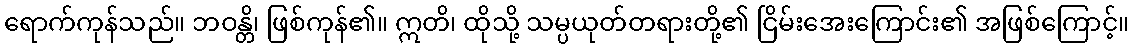
ရောက်ကုန်သည်။ ဘဝန္တိ၊ ဖြစ်ကုန်၏။ ဣတိ၊ ထိုသို့ သမ္ပယုတ်တရားတို့၏ ငြိမ်းအေးကြောင်း၏ အဖြစ်ကြောင့်။